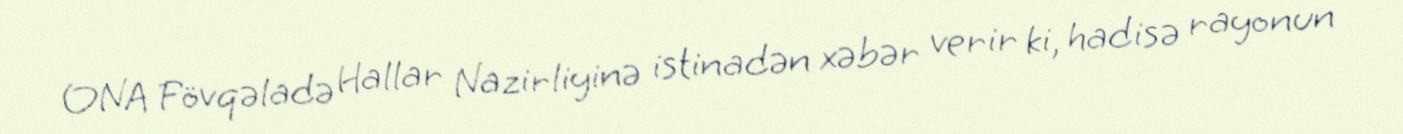
ONA Fövqəladə Hallar Nazirliyinə istinadən xəbər verir ki, hadisə rayonun